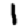
Digit: 1